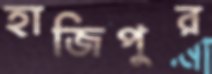
হাজিপুর